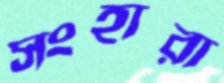
সংহারা